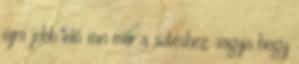
újra jobb idő van már a sütéshez, vagyis hogy